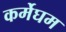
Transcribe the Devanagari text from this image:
कर्मेघम